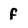
Character: f